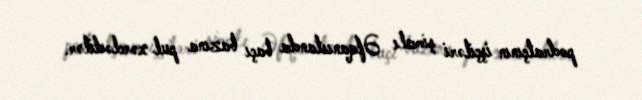
podratçının işçiləri şimalı Əfqanıstanda baçı bazına pul xərclədilər.